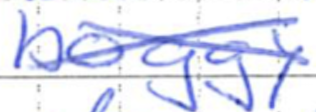
Text: boggy
Cross-out: cross
Writing tool: ballpoint